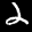
Label: 2